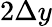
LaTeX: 2\Delta y